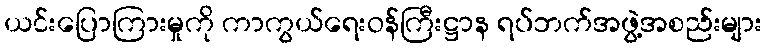
ယင်းပြောကြားမှုကို ကာကွယ်ရေးဝန်ကြီးဋ္ဌာန ရပ်ဘက်အဖွဲ့အစည်းများ